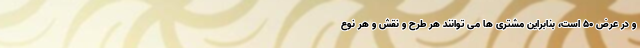
و در عرض ۵۰ است، بنابراین مشتری ها می توانند هر طرح و نقش و هر نوع